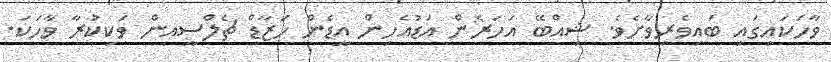
ވާހަކައިގައި ބައިވެރިވާށެވެ. ޝިއްބޭ އަހަރެން އަޑުއެހިން އީޑެން ހަޒާޑް ޗެލްސީއިން ވަކިކުރާ ވާހަކަ.